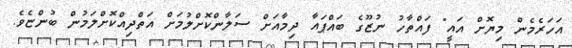
އަހަރެމެން މިޔޮށް އައީ" ފައްތާހު ނުޒޫގެ ބައްޕައާ ދިމާއަށް ސަލާންކޮށްލުމަށް އަތްދިއްކޮށްލަމުން ބުންޏެވެ.